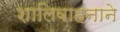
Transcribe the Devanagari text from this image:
शालिवाहनाने